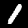
Label: 1